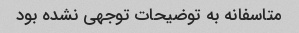
متاسفانه به توضیحات توجهی نشده بود